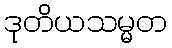
ဒုတိယသမ္မတ